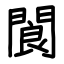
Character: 閬